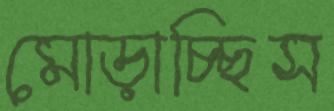
মোড়াচ্ছিস